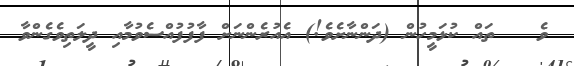
ވެ   ތައް ކުޅަމީހުން (ދަންނާށެވެ!) އެއުރެންނަށް ފާފުފުއްސެވުމާއި ދީލަތިވެގެންވާ